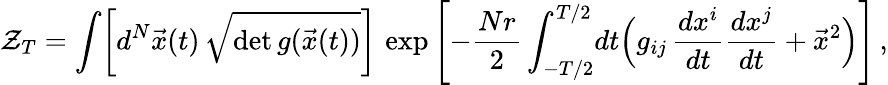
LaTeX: {\cal Z}_{T}=\int\! \left[d^{N}\vec{x}(t)\, \sqrt{\operatorname*{det}g(\vec{x}(t))}\right]\, \exp\left[-{\frac{Nr}{2}}\int_{-T/2}^{T/2}\! dt\Bigl(g_{ij}\, {\frac{dx^{i}}{dt}}{\frac{dx^{j}}{dt}}+{\vec{x}}^{2}\Bigr)\right]\, ,